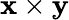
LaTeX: \mathbf{x}\times\mathbf{y}